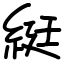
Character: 綎